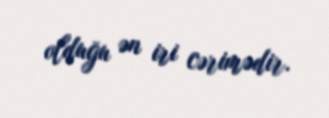
olduğu ən iri cərimədir.